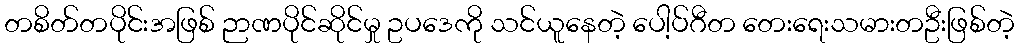
တစိတ်တပိုင်းအဖြစ် ဉာဏပိုင်ဆိုင်မှု ဥပဒေကို သင်ယူနေတဲ့ ပေါ့ပ်ဂီတ တေးရေးသမားတဦးဖြစ်တဲ့